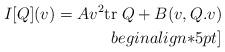
LaTeX: \begin{align*}I[Q](v)=Av^2\mbox{tr}\;Q +B(v, Q.v)\\begin{align*}5pt]\end{align*}